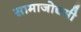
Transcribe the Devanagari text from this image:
सामाजोद्यमी